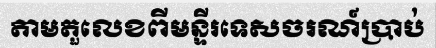
តាមតួលេខពីមន្ទីរទេសចរណ៍ប្រាប់